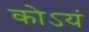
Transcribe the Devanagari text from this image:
कोऽयं